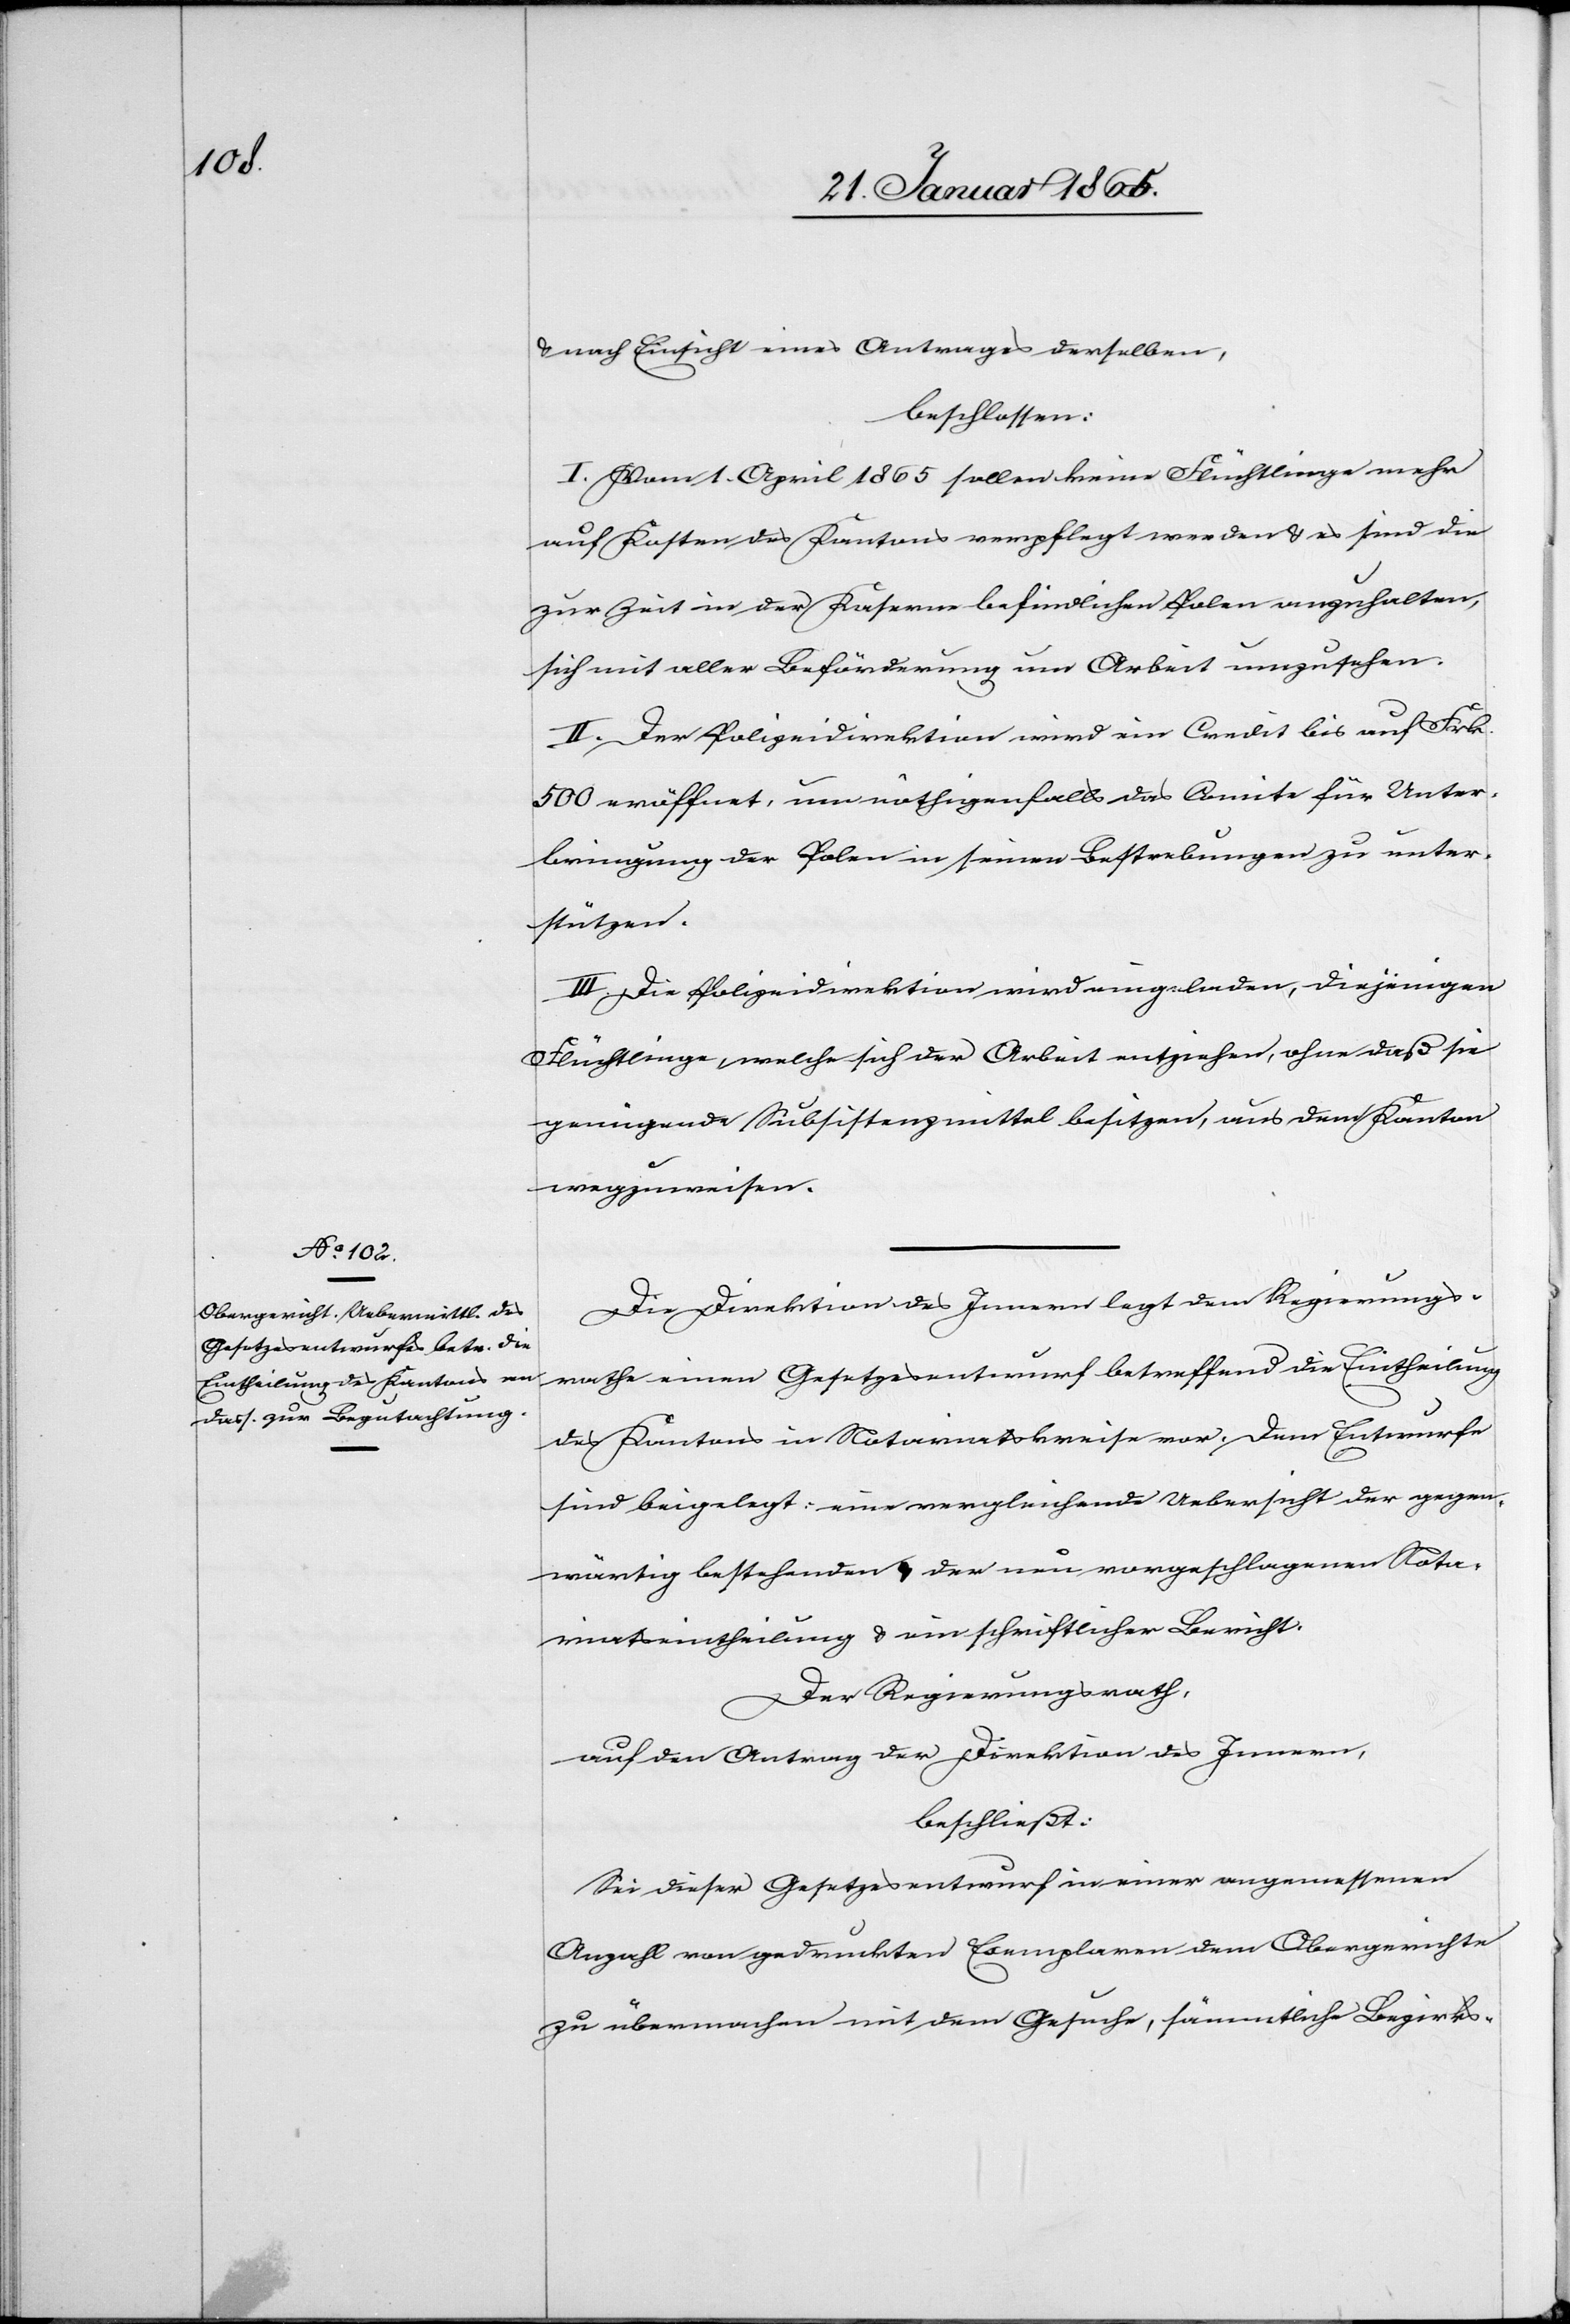
u. nach Einsicht eines Antrages derselben,
beschlossen:
I. Vom 1. April 1865 sollen keine Flüchtlinge mehr
auf Kosten des Kantons verpflegt werden u. es sind die
zur Zeit in der Kaserne befindlichen Polen anzuhalten,
sich mit aller Beförderung um Arbeit umzusehen.
II. Der Polizeidirektion wird ein Credit bis auf Frk.
500 eröffnet, um nöthigenfalls das Comite für Unter¬
bringung der Polen in seinen Bestrebungen zu unter¬
stützen.
III. Die Polizeidirektion wird eingeladen, diejenigen
Flüchtlinge, welche sich der Arbeit entziehen, ohne daß sie
genügende Subsistenzmittel besitzen, aus dem Kanton
wegzuweisen.
Die Direktion des Innern legt dem Regierungs¬
rathe einen Gesetzesentwurf betreffend die Eintheilung
des Kantons in Notariatskreise vor. Dem Entwurfe
sind beigelegt: eine vergleichende Uebersicht der gegen¬
wärtig bestehenden u. der neu vorgeschlagenen Nota¬
riatseintheilung u. ein schriftlicher Bericht:
Der Regierungsrath,
auf den Antrag der Direktion des Innern,
beschließt:
Sei dieser Gesetzesentwurf in einer angemessenen
Anzahl von gedruckten Exemplaren dem Obergerichte
zu übermachen mit dem Gesuche, sämmtliche Bezirks-